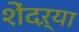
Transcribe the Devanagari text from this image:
शेंदऱ्या